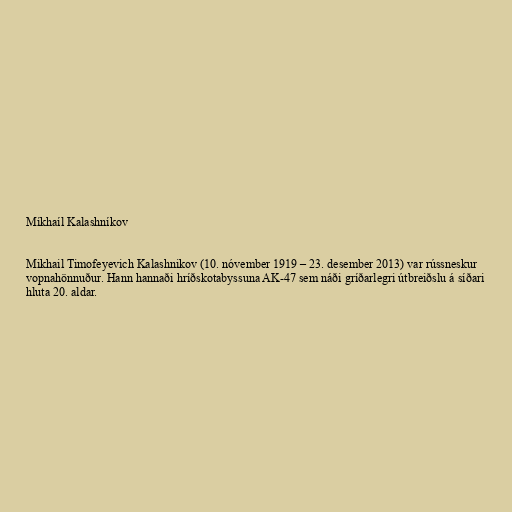
Míkhaíl Kalashníkov

Mikhail Timofeyevich Kalashnikov (10. nóvember 1919 – 23. desember 2013) var rússneskur
vopnahönnuður. Hann hannaði hríðskotabyssuna AK-47 sem náði gríðarlegri útbreiðslu á síðari
hluta 20. aldar.